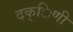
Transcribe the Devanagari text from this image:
दक्िणी